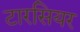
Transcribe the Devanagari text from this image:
टारसियर